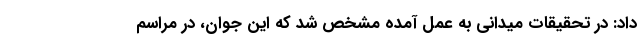
داد: در تحقیقات میدانی به عمل آمده مشخص شد که این جوان، در مراسم